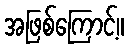
အဖြစ်ကြောင့်။